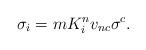
LaTeX: \begin{align*}\sigma _{i} = mK_{i}^{n}v_{n c}\sigma ^{c}.\end{align*}